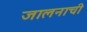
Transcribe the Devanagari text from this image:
जालनाची